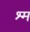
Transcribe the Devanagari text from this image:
श्म